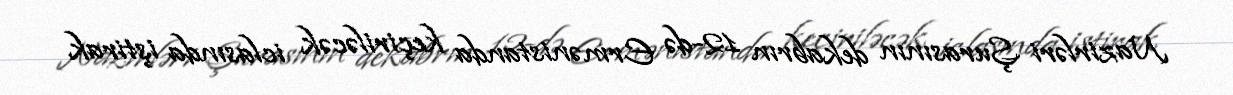
Nazirləri Şurasının dekabrın 12-də Ermənistanda keçiriləcək iclasında iştirak